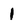
Character: 1